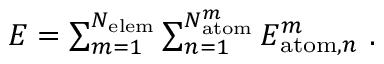
\begin{array} { r } { E = \sum _ { m = 1 } ^ { N _ { \mathrm { e l e m } } } \sum _ { n = 1 } ^ { N _ { \mathrm { a t o m } } ^ { m } } E _ { \mathrm { a t o m } , n } ^ { m } \ . } \end{array}